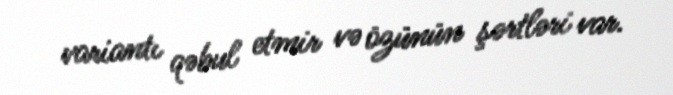
variantı qəbul etmir və özünün şərtləri var.